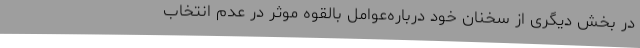
در بخش دیگری از سخنان خود درباره‌عوامل بالقوه‌ موثر در عدم انتخاب